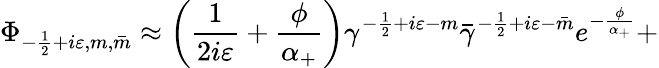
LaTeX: \Phi_{-\frac 12+i\varepsilon,m,\bar{m}}\approx\left(\frac 1{2i\varepsilon}+\frac\phi{\alpha_{+}}\right)\gamma^{-\frac 12+i\varepsilon-m}\bar{\gamma}^{-\frac 12+i\varepsilon-\bar{m}}e^{-\frac\phi{\alpha_{+}}}+